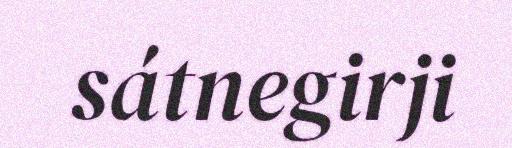
sátnegirji